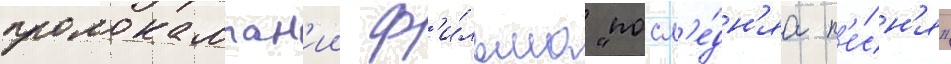
промокампан'ии ф'и́льма "посл'е́дн'яа п'е́сн'я"